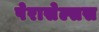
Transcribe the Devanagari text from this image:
पेरासेल्सस